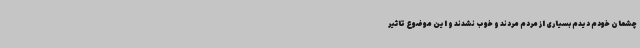
چشمان خودم دیدم بسیاری از مردم مردند و خوب نشدند و این موضوع تاثیر